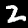
Label: 2